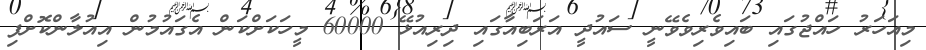
މިއަހަރު ހައްޖުގައި ބައިވެރިވެވޭނީ ސައުދީ އަރަބިއާގައި ދިރިއުޅޭ 60000 މީހަކަށްކަން އެގައުމުން އިއުލާންކޮށްފި